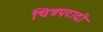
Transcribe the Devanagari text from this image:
चित्रपटादी